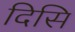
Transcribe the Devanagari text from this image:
दिसि